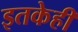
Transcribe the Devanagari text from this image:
इतकेही